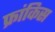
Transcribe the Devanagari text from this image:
फ्रांकिस